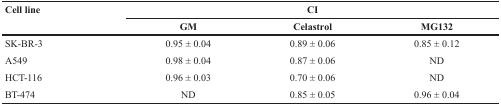
<table><thead><tr><td rowspan="2"><b>Cell line</b></td><td colspan="3"><b>CI</b></td></tr><tr><td><b>GM</b></td><td><b>Celastrol</b></td><td><b>MG132</b></td></tr></thead><tbody><tr><td>SK-BR-3</td><td>0.95 ± 0.04</td><td>0.89 ± 0.06</td><td>0.85 ± 0.12</td></tr><tr><td>A549</td><td>0.98 ± 0.04</td><td>0.87 ± 0.06</td><td>ND</td></tr><tr><td>HCT-116</td><td>0.96 ± 0.03</td><td>0.70 ± 0.06</td><td>ND</td></tr><tr><td>BT-474</td><td>ND</td><td>0.85 ± 0.05</td><td>0.96 ± 0.04</td></tr></tbody></table>